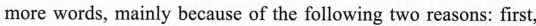
more words, mainly because of the following two reasons: first,